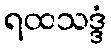
ရထသဒ္ဒံ